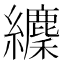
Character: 𦇘